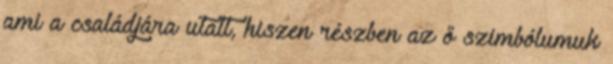
ami a családjára utalt, hiszen részben az ő szimbólumuk